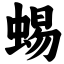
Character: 蜴